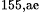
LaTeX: ^\textrm{\scriptsize 155,ae}